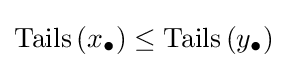
\operatorname {Tails} \left(x_{\bullet }\right)\leq \operatorname {Tails} \left(y_{\bullet }\right)